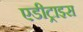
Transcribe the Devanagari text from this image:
एडीट्राइस